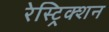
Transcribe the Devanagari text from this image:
रेस्ट्रिक्शन